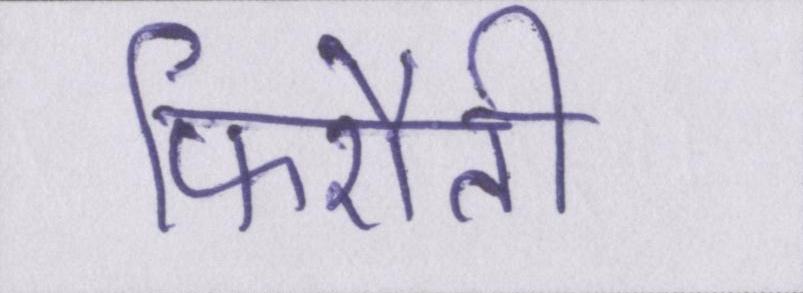
फिरौती